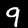
Digit: 9